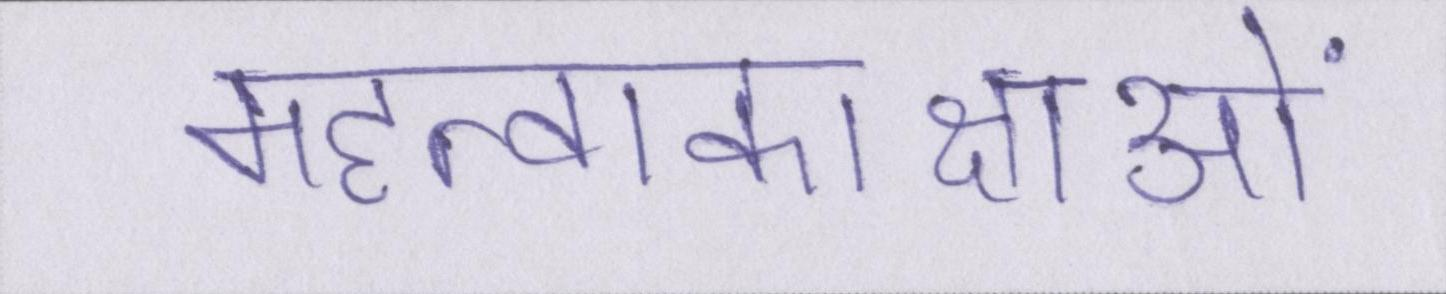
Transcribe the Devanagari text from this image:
महत्वाकाक्षाओं